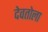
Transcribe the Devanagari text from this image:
देवतोला